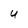
Character: U